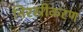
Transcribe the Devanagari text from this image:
निरस्रीकरण